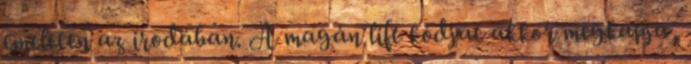
emeleten az irodában. A magán lift kódját akkor megkapja,